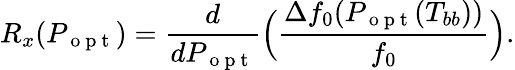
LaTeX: R_{x}(P_{\mathrm{~o~p~t~}})=\frac{d}{dP_{\mathrm{~o~p~t~}}}\Big(\frac{\Delta f_{0}(P_{\mathrm{~o~p~t~}}(T_{bb}))}{f_{0}}\Big).